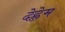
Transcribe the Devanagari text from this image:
देह्लेम